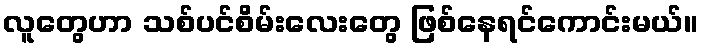
လူတွေဟာ သစ်ပင်စိမ်းလေးတွေ ဖြစ်နေရင်ကောင်းမယ်။